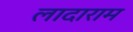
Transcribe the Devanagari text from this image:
लादाराम